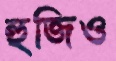
হুজিও